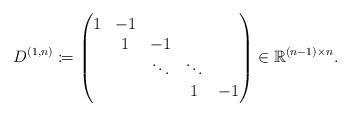
LaTeX: \begin{align*}D^{(1,n)}\coloneqq\begin{pmatrix}1 & -1 & & & \\& 1 & -1 & & \\& & \ddots & \ddots & \\& & & 1 & -1 \\\end{pmatrix}\in\mathbb{R}^{(n-1)\times n}.\end{align*}